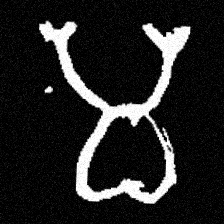
Pyu character \u2014 Myanmar letter: မ (romanized: ma)